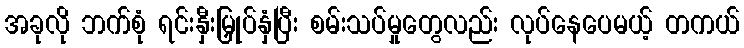
အခုလို ဘက်စုံ ရင်းနှီးမြှုပ်နှံပြီး စမ်းသပ်မှုတွေလည်း လုပ်နေပေမယ့် တကယ်